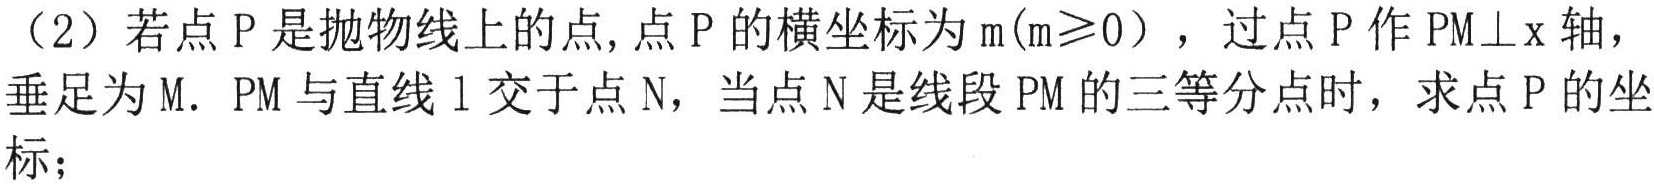
（2）若点\(P\)是抛物线上的点, 点\(P\)的横坐标为\(m(m\geqslant0)\)，过点\(P\)作\(PM\perp x\)轴，垂足为\(M\). \(PM\)与直线\(l\)交于点\(N\)，当点\(N\)是线段\(PM\)的三等分点时，求点\(P\)的坐标；